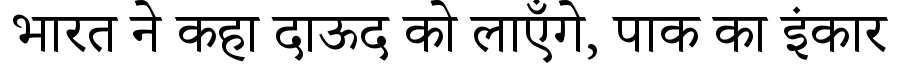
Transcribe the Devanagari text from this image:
भारत ने कहा दाऊद को लाएँगे, पाक का इंकार